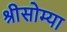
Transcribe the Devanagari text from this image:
श्रीसोम्या